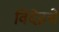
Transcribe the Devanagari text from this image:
विदेहचे